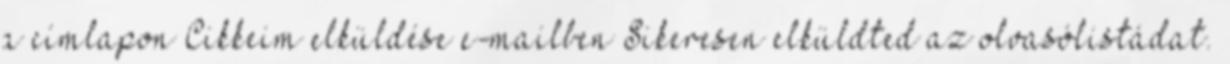
a címlapon Cikkeim elküldése e-mailben Sikeresen elküldted az olvasólistádat.